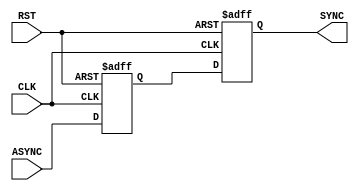
module DF_SYNC #( parameter BUS_WIDTH = 4, NUM_STAGES = 2)
  ( input   wire                  CLK   ,
    input   wire                  RST   ,
    input   wire  [BUS_WIDTH-1:0] ASYNC ,
    output  wire  [BUS_WIDTH-1:0] SYNC  );
    
    // intermediate synchronizer FFs
    reg [BUS_WIDTH-1:0] sync_dff [NUM_STAGES-1:0];
    
    // control loop index
    integer i;
    
    always @(negedge RST or posedge CLK)
    begin
        if(!RST)
          for(i = 0; i < NUM_STAGES; i = i + 1)
            sync_dff[i] <= 'b0;
        else
          begin
            for(i = 0; i < NUM_STAGES; i = i + 1)
            begin
              if(i == 0)
                sync_dff[i] <= ASYNC;
              else
                sync_dff[i] <= sync_dff[i-1];
            end
          end
    end
    
    // output
    assign SYNC = sync_dff[NUM_STAGES-1];
endmodule